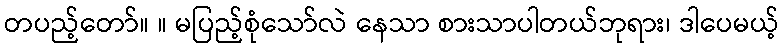
တပည့်တော်။ ။ မပြည့်စုံသော်လဲ နေသာ စားသာပါတယ်ဘုရား၊ ဒါပေမယ့်